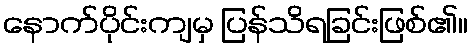
နောက်ပိုင်းကျမှ ပြန်သိရခြင်းဖြစ်၏။